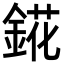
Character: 錵